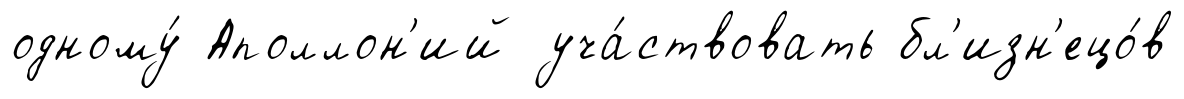
одному́ Аполлон'ий уча́ствовать бл'изн'ецо́в